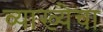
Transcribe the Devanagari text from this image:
व्याख्येचा